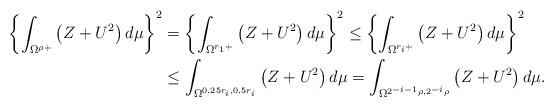
LaTeX: \begin{align*} \left\{ \int_{\Omega^{\rho+}} \left(Z+U^2\right) d\mu \right\}^2&=\left\{ \int_{\Omega^{r_1+}} \left(Z+U^2\right) d\mu \right\}^2 \leq \left\{ \int_{\Omega^{r_i+}} \left(Z+U^2\right) d\mu \right\}^2\\ &\leq \int_{\Omega^{0.25r_i,0.5r_i}} \left(Z+U^2\right) d\mu=\int_{\Omega^{2^{-i-1}\rho, 2^{-i}\rho}} \left(Z+U^2\right) d\mu. \end{align*}